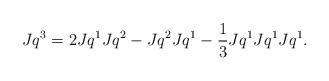
LaTeX: \begin{align*}Jq^3=2Jq^1Jq^2-Jq^2Jq^1-\frac{1}{3}Jq^1Jq^1Jq^1.\end{align*}